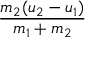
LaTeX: \frac { m _ { 2 } ( u _ { 2 } - u _ { 1 } ) } { m _ { 1 } + m _ { 2 } }